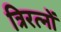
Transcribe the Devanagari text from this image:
त्रिरत्नों